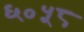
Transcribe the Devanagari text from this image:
६०५८